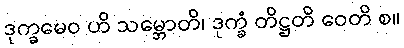
ဒုက္ခမေဝ ဟိ သမ္ဘောတိ၊ ဒုက္ခံ တိဋ္ဌတိ ဝေတိ စ။